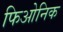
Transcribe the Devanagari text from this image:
फिओनिक